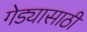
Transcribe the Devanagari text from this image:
गेड्यासाठी